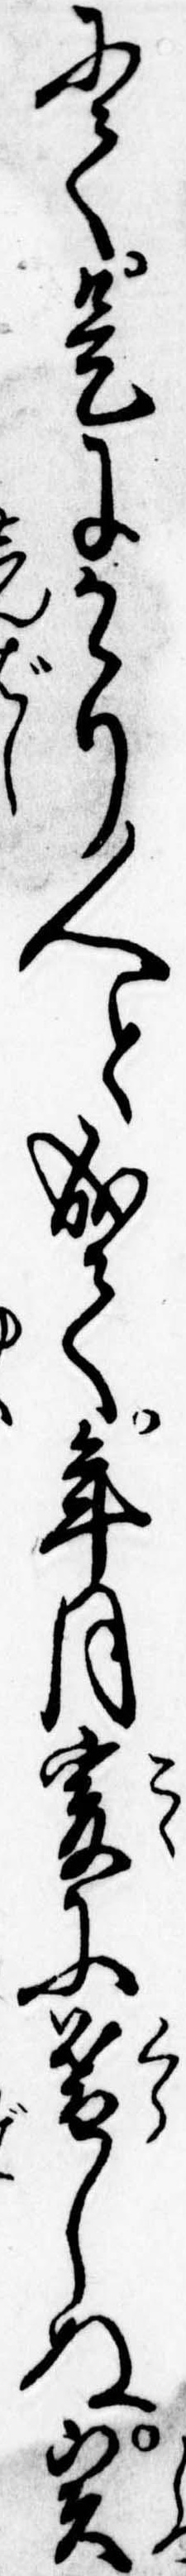
にて是にかゝり人と成て年月爰に暮しぬ実